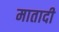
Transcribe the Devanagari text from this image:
मातादी